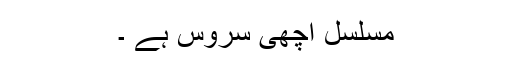
مسلسل اچھی سروس ہے ۔